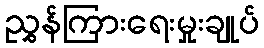
ညွှန်ကြားရေးမှုးချုပ်